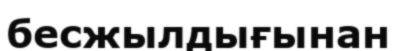
бесжылдығынан